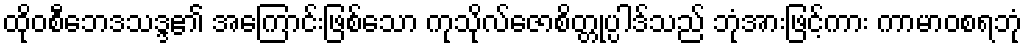
ထိုဝစီဘေဒသဒ္ဒ၏ အကြောင်းဖြစ်သော ကုသိုလ်ဇောစိတ္တုပ္ပါဒ်သည် ဘုံအားဖြင့်ကား ကာမာဝစရဘုံ